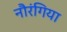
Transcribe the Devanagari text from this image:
नौरंगिया